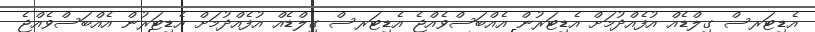
އެޑިޓަރސް ގިލްޑެއް އުފެއްދުމަށް އެޑިޓަރުން އެއްބަސްވެއްޖެ އެޑިޓަރސް ގިލްޑެއް އުފެއްދުމަށް އެޑިޓަރުން އެއްބަސްވެއްޖެ